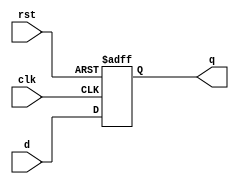
module d_flip_flop (
    input wire clk,
    input wire rst,
    input wire d,
    output reg q
);
    always @(posedge clk or posedge rst) begin
        if (rst) begin
            q <= 1'b0; // Asynchronous reset
        end else begin
            q <= d; // Non-blocking assignment
        end
    end
endmodule